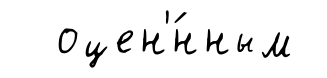
оцен'́нным